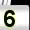
Digit: 5